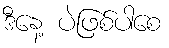
ဒီနေ့ ပဲဖြစ်ပါစေ